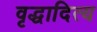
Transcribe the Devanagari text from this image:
वृद्धादित्य